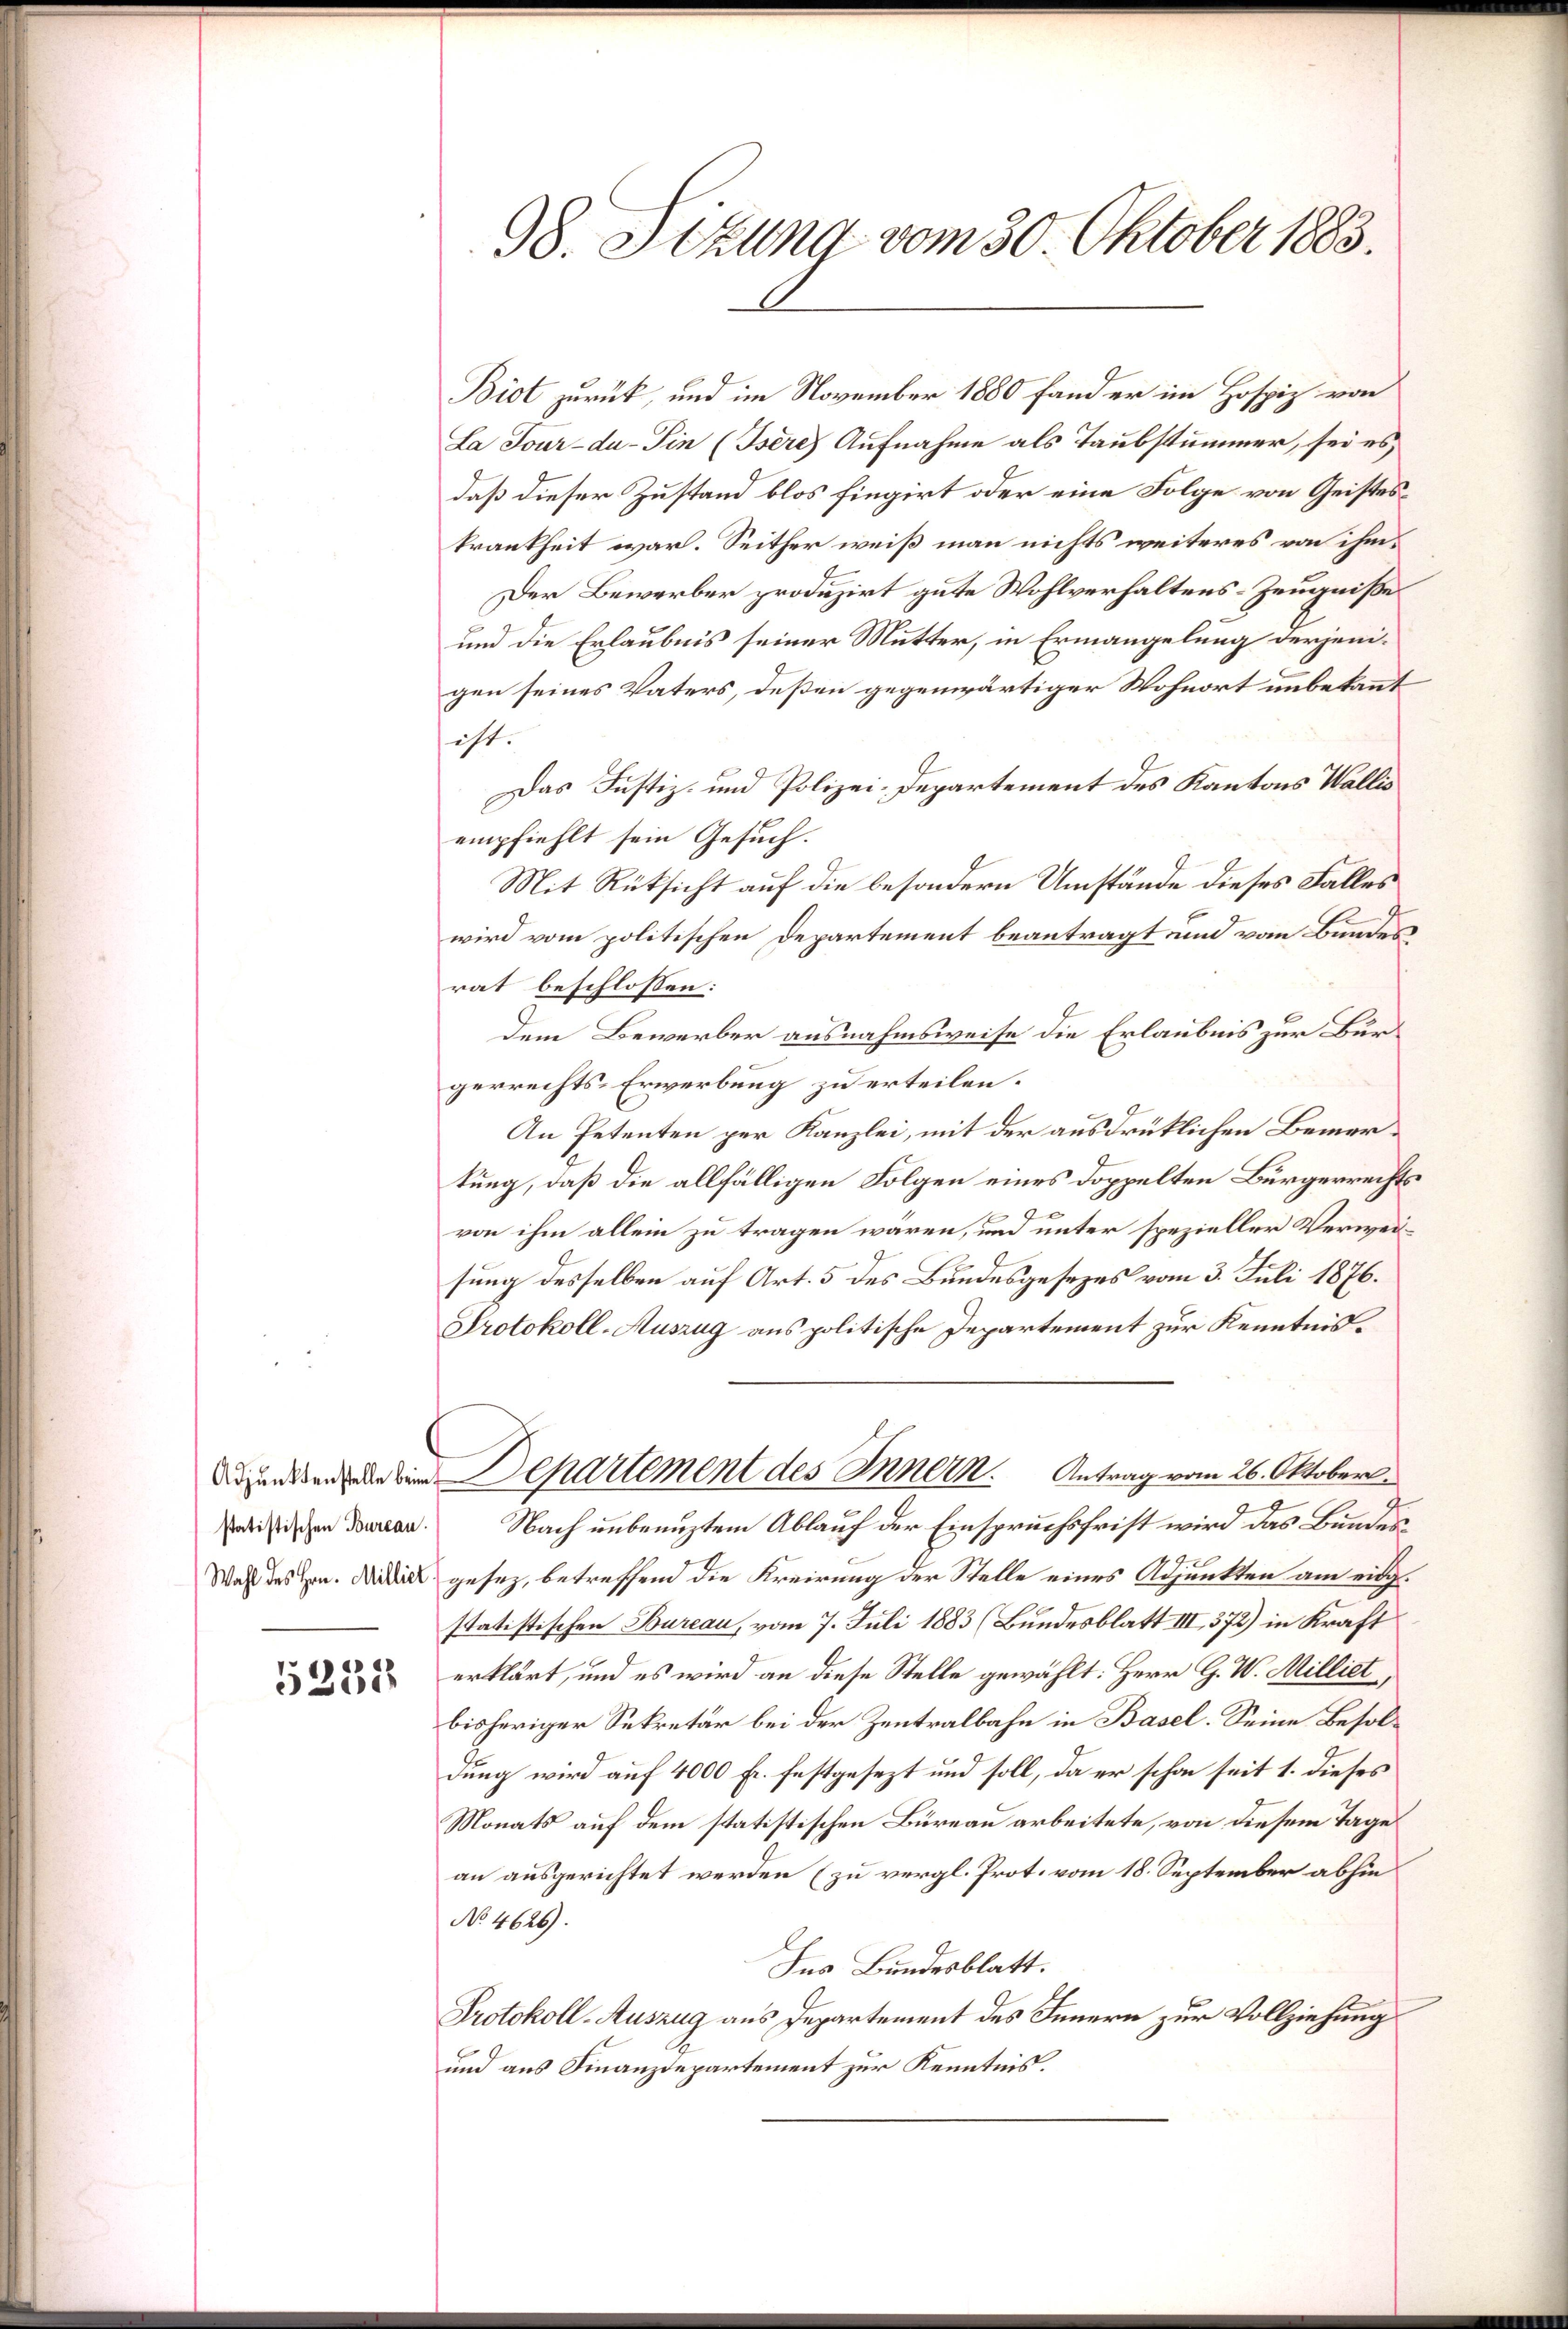
Adjunktenstelle beim E
statistischen Bureau.

5231

98. Stzung vom 30. Oktober 1883.

Biot zurück, und im November 1880 fand er im Hospiz von
La Jour-da-Sin (Isere Aufnahme als Taubstummer, sei es
daß dieser Zustand blos fingirt oder eine Folge von Geisteskrankheit war. Seither weiß man nichts weiteres von ihm
Der Bewerber produzirt gute Wohlverhaltens-Zeugniße
und die Erlaubnis seiner Mutter, in Ermangelung derjenigen seines Vaters, deßen gegenwärtiger Wohnort unbekannt
ist.
Das Justiz- und Polizei-Departement des Kantons Wallis
empfiehlt sein Gesuch.
Mit Rüksicht auf die besondern Umstände dieses Falles
wird vom politischen Departement beantragt und vom Bundes
rat beschlossen:
Dem Bewerber ausnahmsweise die Erlaubnis zur Bürgerrechts-Erwerbung zu erteilen.
An Petenten per Kanzlei, mit der ausdrücklichen Bemertung, daß die allfälligen Folgen eines doppelten Bürgerrechts
von ihm allein zu tragen wären, und unter spezieller Verweisung desselben auf Art. 5 des Bundesgesezes vom 3. Juli 1876.
Protokoll-Auszug aus politische Departement zur Kenntnis¬
Departement des Innern. Antrag vom 26. Oktober.
Nach unbenuztem Ablauf der Einspruchsfrist wird das Bundes¬
Wahl des Hrn. Die gesetz, betreffend die Kreirung der Stelle eines Adjunkten am eidg.
statistischen Bureau, vom 7. Juli 1883 (Bundesblatt III, 372) in Kraft
erklärt, und es wird an diese Stelle gewählt: Herr G. W. Milliet,
bisheriger Sekretär bei der Zentralbahn in Basel. Seine Besoldung wird auf 4000 Fr. festgesezt und soll, da er schon seit 1. dieses
Monats auf dem statistischen Büreau arbeitete, von diesem Tage
an ausgerichtet werden (zu vergl. Prot. vom 18. September abhin
No 4626).
Ins Bundesblatt.
Protokoll-Auszug aus Departement des Innern zur Vollziehung
und aus Finanzdepartement zur Kenntnis.